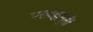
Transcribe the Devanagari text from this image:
परब्रह्ममूर्ती